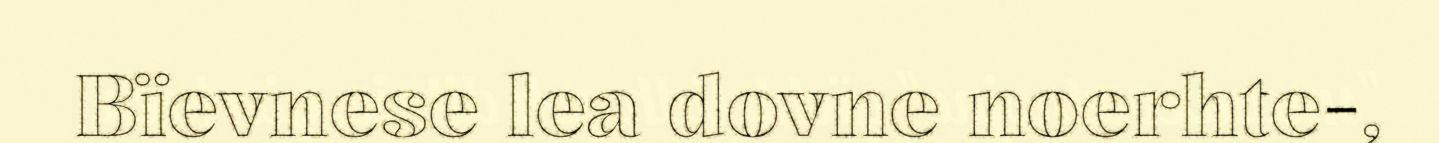
Bïevnese lea dovne noerhte-,